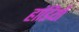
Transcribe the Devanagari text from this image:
हांडियाँ